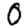
Digit: 0